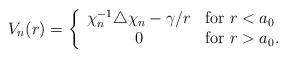
LaTeX: \begin{align*}V_n(r) =\left\{\begin{array}{cl} \chi_n^{-1}\triangle\chi_n -\gamma/r& {\rm for}~ r<a_0 \\ 0 & {\rm for}~ r>a_0. \end{array} \right.\end{align*}